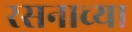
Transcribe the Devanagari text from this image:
रसनाच्या